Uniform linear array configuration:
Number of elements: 4
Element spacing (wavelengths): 0.75
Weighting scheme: kaiser
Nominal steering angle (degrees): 45
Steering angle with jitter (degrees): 46.45
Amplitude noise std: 0.05
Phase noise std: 0.05

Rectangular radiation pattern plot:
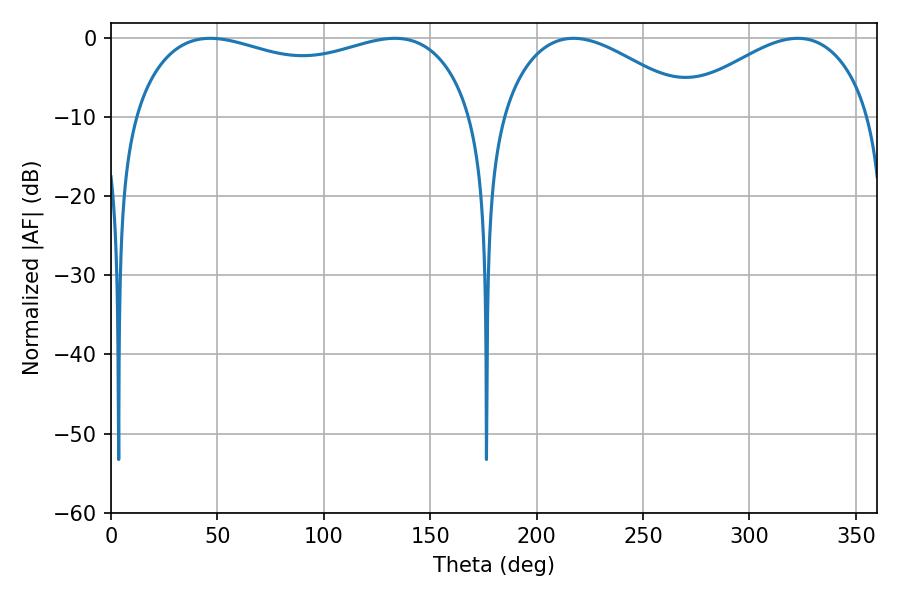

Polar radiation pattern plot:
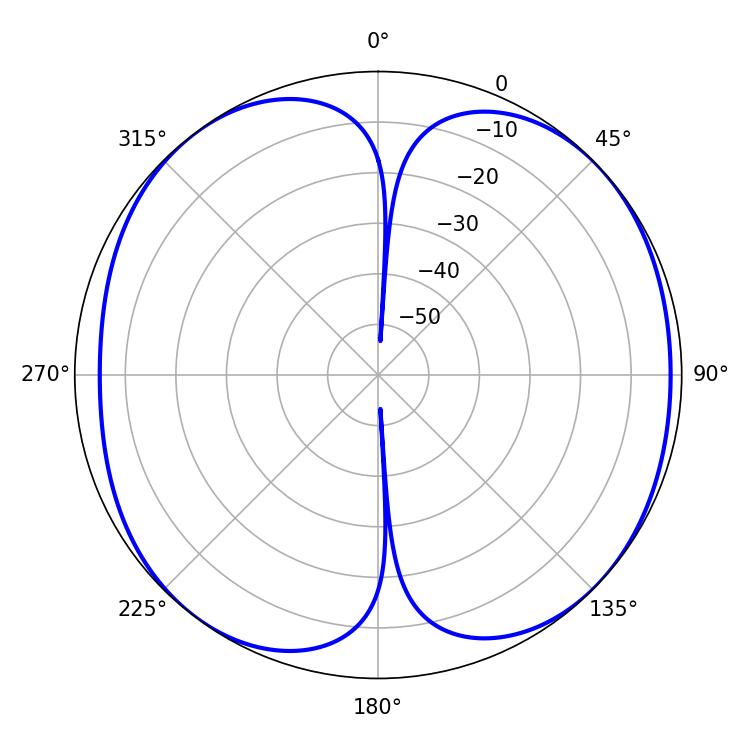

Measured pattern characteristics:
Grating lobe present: TRUE
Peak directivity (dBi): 8.825
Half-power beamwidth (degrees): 131.04
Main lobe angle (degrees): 46.62